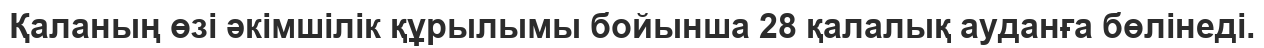
Қаланың өзі әкімшілік құрылымы бойынша 28 қалалық ауданға бөлінеді.